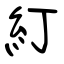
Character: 糽